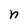
Character: n